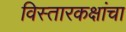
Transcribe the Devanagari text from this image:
विस्तारकक्षांचा